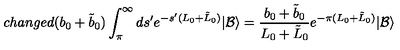
c h a n g e d ( b _ { 0 } + \tilde { b } _ { 0 } ) \int _ { \pi } ^ { \infty } d s ^ { \prime } e ^ { - s ^ { \prime } ( L _ { 0 } + \tilde { L } _ { 0 } ) } | \mathcal { B } \rangle = \frac { b _ { 0 } + \tilde { b } _ { 0 } } { L _ { 0 } + \tilde { L } _ { 0 } } e ^ { - \pi ( L _ { 0 } + \tilde { L } _ { 0 } ) } | \mathcal { B } \rangle